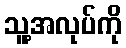
သူ့အလုပ်ကို